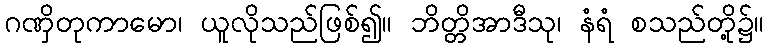
ဂဏှိတုကာမော၊ ယူလိုသည်ဖြစ်၍။ ဘိတ္တိအာဒီသု၊ နံရံ စသည်တို့၌။